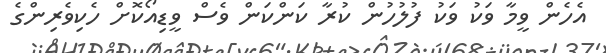
އެހެން ވީމާ ވަކު ވަކު ފުލުހުން ކުރާ ކަންކަން ވެސް ވީޑިއޯކޮށް ހެކިވެރިންގެ